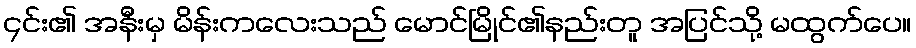
၄င်း၏ အနီးမှ မိန်းကလေးသည် မောင်မြိုင်၏နည်းတူ အပြင်သို့ မထွက်ပေ။